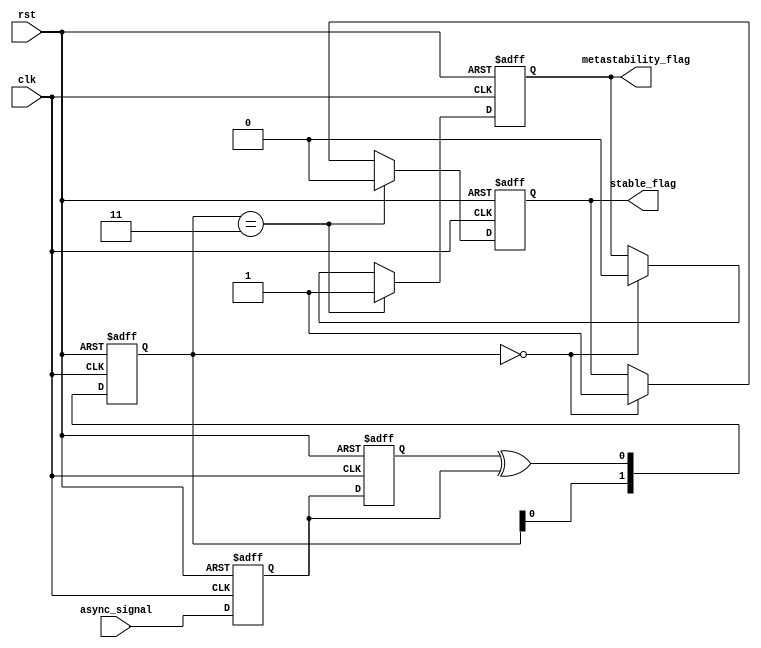
module metastability_detector (
    input wire clk,                // Clock signal
    input wire async_signal,       // Asynchronous input signal
    input wire rst,                // Reset signal
    output reg metastability_flag,  // Metastability detected flag
    output reg stable_flag         // Stable output flag
);

    // Internal signals for latches
    reg latch1_q, latch2_q;

    // State to detect metastability based on timing
    reg [1:0] detection_state;

    // Parameter for metastability detection (timing threshold)
    parameter METASTABLE_THRESHOLD = 2; // Example, adjust based on timing analysis

    // Latch sampling process
    always @(posedge clk or posedge rst) begin
        if (rst) begin
            latch1_q <= 1'b0;
            latch2_q <= 1'b0;
        end else begin
            latch1_q <= async_signal;     // Sample async signal
            latch2_q <= latch1_q;         // Sample output of first latch
        end
    end

    // Metastability detection logic
    always @(posedge clk or posedge rst) begin
        if (rst) begin
            metastability_flag <= 1'b0;
            stable_flag <= 1'b0;
            detection_state <= 2'b00;
        end else begin
            // Shift detection state
            detection_state <= {detection_state[0], latch2_q ^ latch1_q};

            // Check for metastable conditions based on detection state
            if (detection_state == 2'b11) begin
                metastability_flag <= 1'b1; // Metastability detected
                stable_flag <= 1'b0;        // Not stable
            end else if (detection_state == 2'b00) begin
                metastability_flag <= 1'b0; // No metastability
                stable_flag <= 1'b1;        // Stable output
            end else begin
                metastability_flag <= metastability_flag; // Hold current state
                stable_flag <= stable_flag;                // Hold current state
            end
        end
    end

endmodule